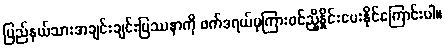
ပြည်နယ်သားအချင်းချင်းပြဿနာကို ဖက်ဒရယ်မှကြားဝင်ညှိနှိုင်းပေးနိုင်ကြောင်းပါ။